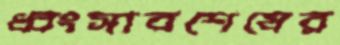
ধ্বংসাবশেষের